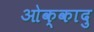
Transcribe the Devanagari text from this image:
ओक्कादु